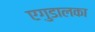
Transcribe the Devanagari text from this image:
एगुडालका